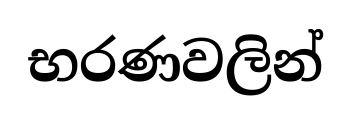
භරණවලින්